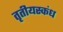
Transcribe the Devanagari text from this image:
तृतीयस्कंध